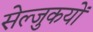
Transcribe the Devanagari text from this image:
सेल्जुकयों